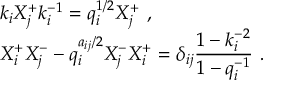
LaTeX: \begin{array} { r c l } { { } } & { { } } & { { k _ { i } X _ { j } ^ { + } k _ { i } ^ { - 1 } = q _ { i } ^ { 1 / 2 } X _ { j } ^ { + } ~ , } } \\ { { } } & { { } } & { { X _ { i } ^ { + } X _ { j } ^ { - } - q _ { i } ^ { a _ { i j } / 2 } X _ { j } ^ { - } X _ { i } ^ { + } = \delta _ { i j } \displaystyle \frac { 1 - k _ { i } ^ { - 2 } } { 1 - q _ { i } ^ { - 1 } } ~ . } } \end{array}